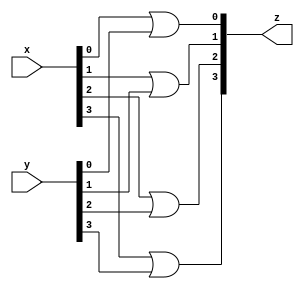
module orArr(x, y, z);
input [3:0] x,y;
output [3:0] z;

or g1(z[0], x[0], y[0]);
or g2(z[1], x[1], y[1]);
or g3(z[2], x[2], y[2]);
or g4(z[3], x[3], y[3]);

endmodule